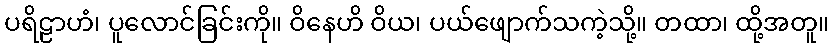
ပရိဠာဟံ၊ ပူလောင်ခြင်းကို။ ဝိနေဟိ ဝိယ၊ ပယ်ဖျောက်သကဲ့သို့။ တထာ၊ ထို့အတူ။